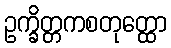
ဥက္ခိတ္တကစတုတ္ထော